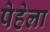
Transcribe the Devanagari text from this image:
पेहेला